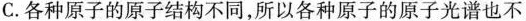
C. 各种原子的原子结构不同，所以各种原子的原子光谱也不